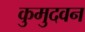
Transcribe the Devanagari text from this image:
कुमुदवन